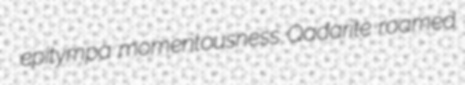
epitympa momentousness Qadarite roamed